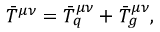
\bar { T } ^ { \mu \nu } = \bar { T } _ { q } ^ { \mu \nu } + \bar { T } _ { g } ^ { \mu \nu } ,